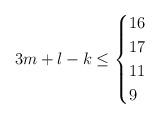
LaTeX: \begin{align*}3m+l-k\leq\begin{cases} 16 & \\ 17 & \\ 11 & \\ 9 & \end{cases}\end{align*}